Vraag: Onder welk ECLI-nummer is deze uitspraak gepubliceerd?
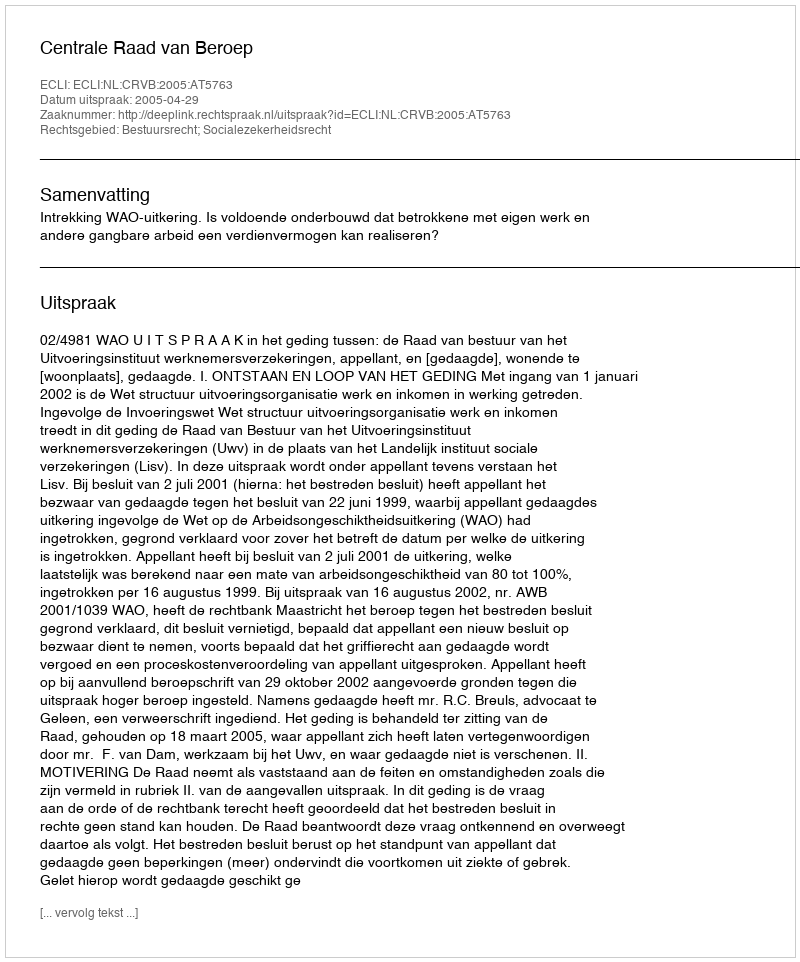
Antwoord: ECLI:NL:CRVB:2005:AT5763